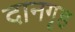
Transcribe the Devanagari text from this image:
दानगृह